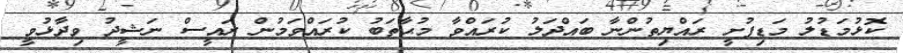
ކޮޅުމަޑުލު މަޑިފުށީ ރައްޔިތުންނާ ބައްދަލު ކުރައްވާ މުޙާތަބު ކުރައްވަމުން ރައީސް ނަޝީދު ވިދާޅުވީ